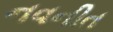
નવનીત